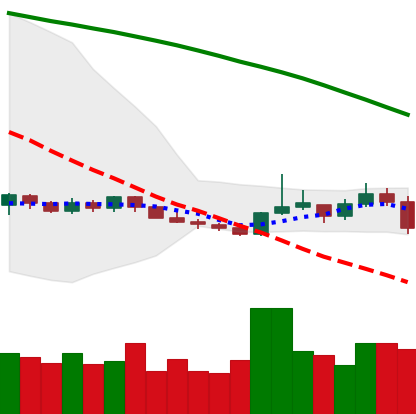
Ticker: XMR-USD
Chart end date: 2019-10-23
Forward return: 12.337%
Label: up_7plus